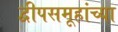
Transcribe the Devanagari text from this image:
द्वीपसमूहांच्या